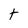
Character: t